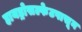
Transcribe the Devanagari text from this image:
हायड्रोसल्फेटपासून